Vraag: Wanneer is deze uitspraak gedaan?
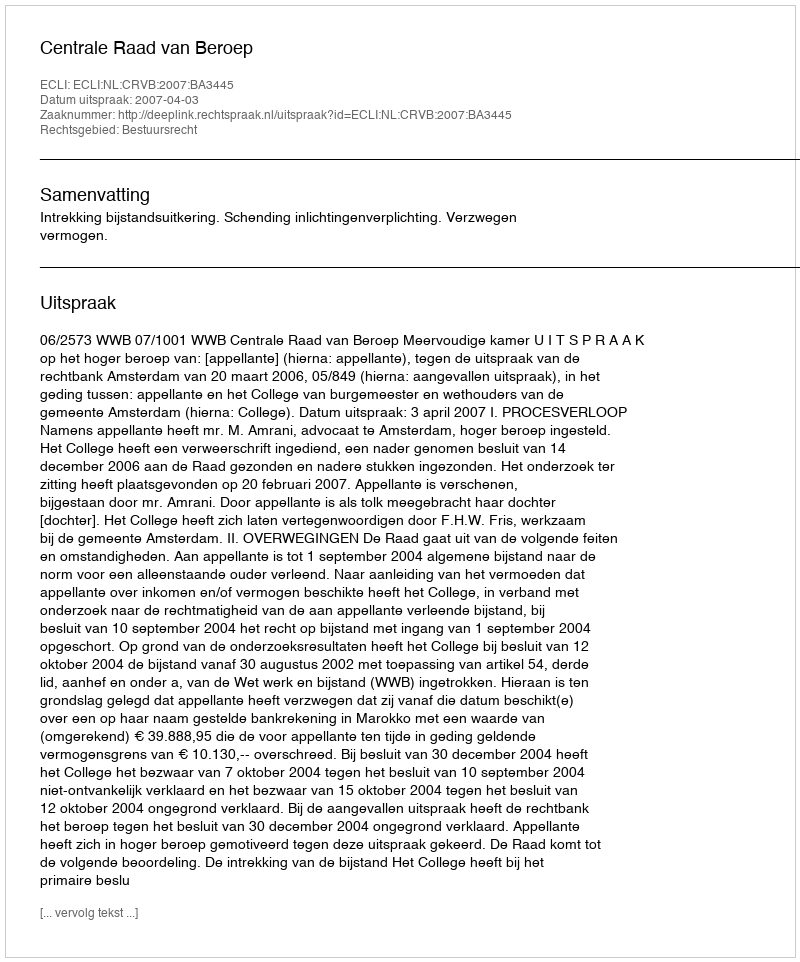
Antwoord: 2007-04-03